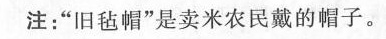
注：”旧毡帽”是卖米农民戴的帽子。